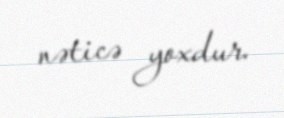
nəticə yoxdur.